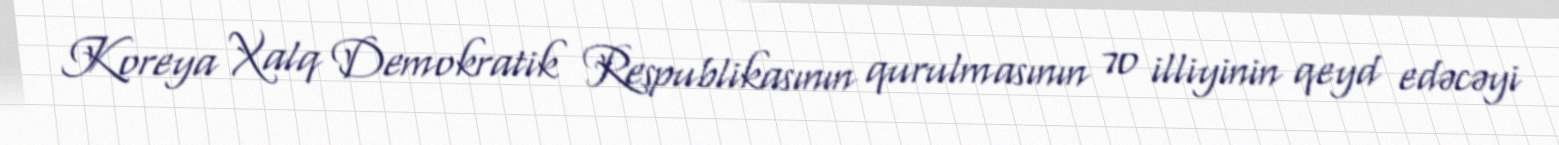
Koreya Xalq Demokratik Respublikasının qurulmasının 70 illiyinin qeyd edəcəyi